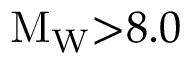
\mathrm { M } _ { \mathrm { W } } { > } 8 . 0